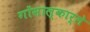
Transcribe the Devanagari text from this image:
गोंसाल्कार्ले